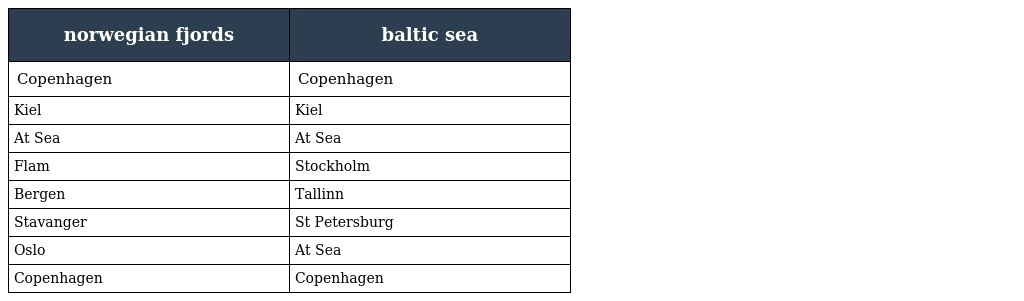
| norwegian fjords | baltic sea |
 | --- | --- |
 | Copenhagen | Copenhagen |
 | Kiel | Kiel |
 | At Sea | At Sea |
 | Flam | Stockholm |
 | Bergen | Tallinn |
 | Stavanger | St Petersburg |
 | Oslo | At Sea |
 | Copenhagen | Copenhagen |